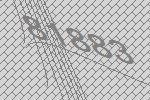
81883